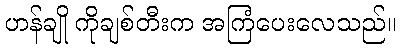
ဟန်ချို ကိုချစ်တီးက အကြံပေးလေသည်။